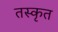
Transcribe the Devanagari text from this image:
तस्कृत